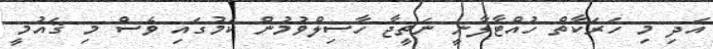
އަދި މި ހަރަކާތް ހުއްޓާލާނީ ނަތީޖާ ހާސިލްވުމުން ކަމުގައި ވެސް މި ޤައުމީ